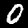
Digit: 0